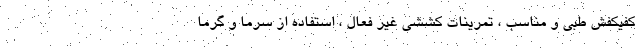
کفیکفش طبی و مناسب ، تمرینات کششی غیر فعال ، استفاده از سرما و گرما